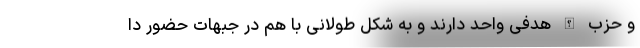
و حزب الله هدفی واحد دارند و به شکل طولانی با هم در جبهات حضور دا